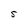
Character: S